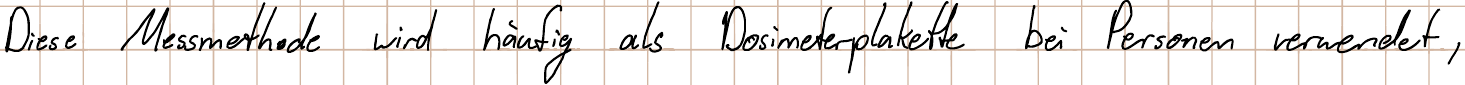
Diese Messmethode wird häufig als Dosimeterplakette bei Personen verwendet,